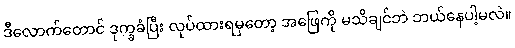
ဒီလောက်တောင် ဒုက္ခခံပြီး လုပ်ထားရမှတော့ အဖြေကို မသိချင်ဘဲ ဘယ်နေပါ့မလဲ။